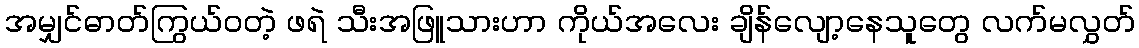
အမျှင်ဓာတ်ကြွယ်ဝတဲ့ ဖရဲ သီးအဖြူသားဟာ ကိုယ်အလေး ချိန်လျော့နေသူတွေ လက်မလွှတ်